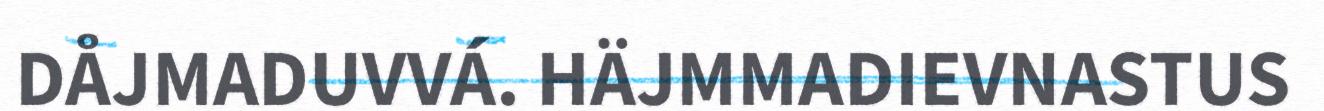
DÅJMADUVVÁ. HÄJMMADIEVNASTUS